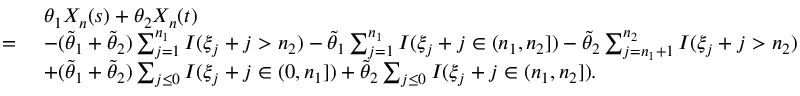
\begin{array} { r l } & { ~ \theta _ { 1 } X _ { n } ( s ) + \theta _ { 2 } X _ { n } ( t ) } \\ { = } & { ~ - ( \tilde { \theta } _ { 1 } + \tilde { \theta } _ { 2 } ) \sum _ { j = 1 } ^ { n _ { 1 } } I ( \xi _ { j } + j > n _ { 2 } ) - \tilde { \theta } _ { 1 } \sum _ { j = 1 } ^ { n _ { 1 } } I ( \xi _ { j } + j \in ( n _ { 1 } , n _ { 2 } ] ) - \tilde { \theta } _ { 2 } \sum _ { j = n _ { 1 } + 1 } ^ { n _ { 2 } } I ( \xi _ { j } + j > n _ { 2 } ) } \\ & { ~ + ( \tilde { \theta } _ { 1 } + \tilde { \theta } _ { 2 } ) \sum _ { j \leq 0 } I ( \xi _ { j } + j \in ( 0 , n _ { 1 } ] ) + \tilde { \theta } _ { 2 } \sum _ { j \leq 0 } I ( \xi _ { j } + j \in ( n _ { 1 } , n _ { 2 } ] ) . } \end{array}